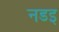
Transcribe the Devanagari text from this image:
नडइ